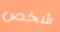
شخص